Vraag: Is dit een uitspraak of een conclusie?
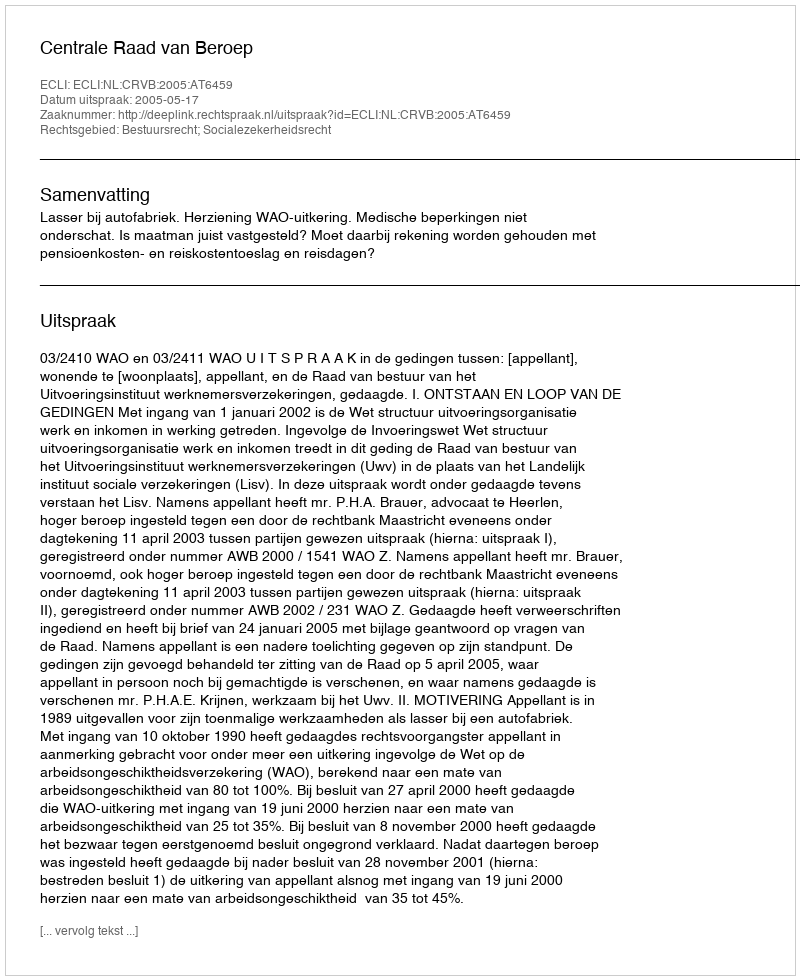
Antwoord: Uitspraak